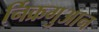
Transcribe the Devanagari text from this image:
र्निक्रगुआन